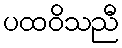
ပထဝိသညီ